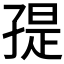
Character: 𭓒